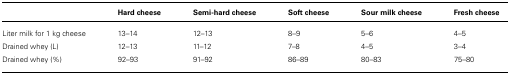
<table><thead><tr><td>[EMPTY_CELL]</td><td><b>Hard cheese</b></td><td><b>Semi-hard cheese</b></td><td><b>Soft cheese</b></td><td><b>Sour milk cheese</b></td><td><b>Fresh cheese</b></td></tr></thead><tbody><tr><td>Liter milk for 1 kg cheese</td><td>13–14</td><td>12–13</td><td>8–9</td><td>5–6</td><td>4–5</td></tr><tr><td>Drained whey (L)</td><td>12–13</td><td>11–12</td><td>7–8</td><td>4–5</td><td>3–4</td></tr><tr><td>Drained whey (%)</td><td>92–93</td><td>91–92</td><td>86–89</td><td>80–83</td><td>75–80</td></tr></tbody></table>